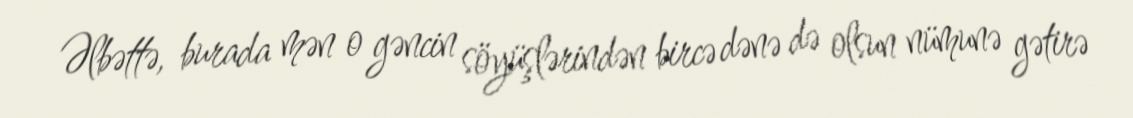
Əlbəttə, burada mən o gəncin söyüşlərindən bircə dənə də olsun nümunə gətirə